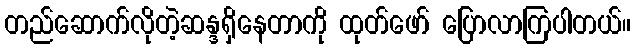
တည်ဆောက်လိုတဲ့ဆန္ဒရှိနေတာကို ထုတ်ဖော် ပြောလာကြပါတယ်။